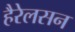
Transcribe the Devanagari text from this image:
हैरेलसन